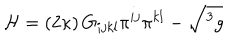
LaTeX: { \cal H } = \left( 2 \kappa \right) G _ { i j k l } \pi ^ { i j } \pi ^ { k l } - \sqrt { ^ { 3 } g }